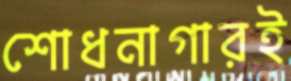
শোধনাগারই